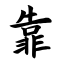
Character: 靠